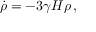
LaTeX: \dot { \rho } = - 3 \gamma H \rho \, ,